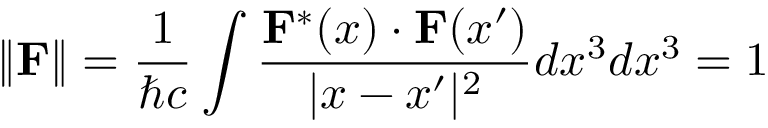
\| \mathbf { F } \| = { \frac { 1 } { \hbar c } } \int { \frac { \mathbf { F } ^ { * } ( x ) \cdot \mathbf { F } ( x ^ { \prime } ) } { | x - x ^ { \prime } | ^ { 2 } } } d x ^ { 3 } d x ^ { 3 } = 1